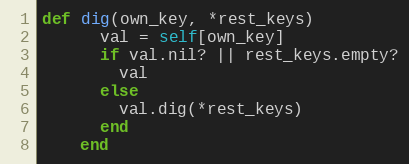
Language: Ruby
def dig(own_key, *rest_keys)
      val = self[own_key]
      if val.nil? || rest_keys.empty?
        val
      else
        val.dig(*rest_keys)
      end
    end